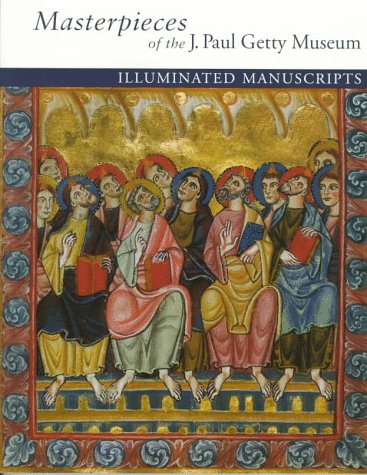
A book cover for Masterpieces of the J. Paul Getty Museum: Illuminated Manuscripts; Getty Trust Publications; Arts & Photography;